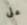
على